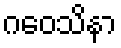
ဂဝေသိနာ